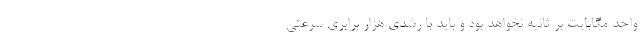
واحد مگابایت بر ثانیه نخواهد بود و باید با رشدی هزار برابری سرعتی